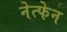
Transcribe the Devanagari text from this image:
नेत्फेन